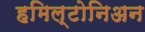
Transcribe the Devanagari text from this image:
हमिल्टोनिअन